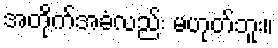
အတိုက်အခံလည်း မဟုတ်ဘူး။